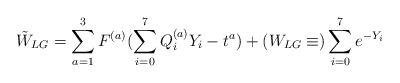
LaTeX: \begin{align*}\tilde{W}_{LG}=\sum_{a=1}^3F^{(a)}(\sum_{i=0}^7Q^{(a)}_iY_i-t^a)+(W_{LG}\equiv)\sum_{i=0}^7e^{-Y_i}\end{align*}